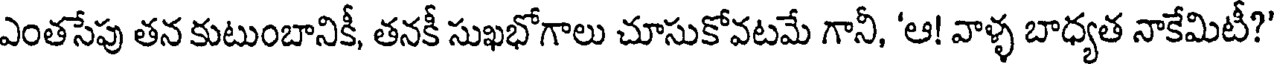
ఎంతసేపు తన కుటుంబానికీ, తనకీ సుఖభోగాలు చూసుకోవటమే గానీ, 'ఆ! వాళ్ళ బాధ్యత నాకేమిటీ?